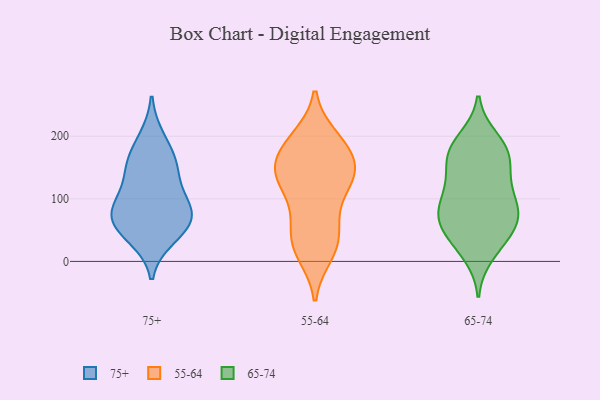
{"axis": {"x": "LTV (USD)", "y": "Value"}, "legend": ["55-64", "65-74", "75+"], "data": [{"x": "", "y": 147, "type": "75+"}, {"x": "", "y": 54, "type": "75+"}, {"x": "", "y": 91, "type": "75+"}, {"x": "", "y": 196, "type": "75+"}, {"x": "", "y": 67, "type": "75+"}, {"x": "", "y": 85, "type": "75+"}, {"x": "", "y": 94, "type": "75+"}, {"x": "", "y": 39, "type": "75+"}, {"x": "", "y": 145, "type": "75+"}, {"x": "", "y": 163, "type": "75+"}, {"x": "", "y": 60, "type": "75+"}, {"x": "", "y": 130, "type": "55-64"}, {"x": "", "y": 151, "type": "55-64"}, {"x": "", "y": 40, "type": "55-64"}, {"x": "", "y": 189, "type": "55-64"}, {"x": "", "y": 25, "type": "55-64"}, {"x": "", "y": 67, "type": "55-64"}, {"x": "", "y": 195, "type": "55-64"}, {"x": "", "y": 154, "type": "55-64"}, {"x": "", "y": 157, "type": "55-64"}, {"x": "", "y": 14, "type": "55-64"}, {"x": "", "y": 198, "type": "55-64"}, {"x": "", "y": 41, "type": "55-64"}, {"x": "", "y": 135, "type": "55-64"}, {"x": "", "y": 127, "type": "55-64"}, {"x": "", "y": 11, "type": "55-64"}, {"x": "", "y": 157, "type": "55-64"}, {"x": "", "y": 187, "type": "55-64"}, {"x": "", "y": 77, "type": "55-64"}, {"x": "", "y": 111, "type": "55-64"}, {"x": "", "y": 132, "type": "55-64"}, {"x": "", "y": 61, "type": "65-74"}, {"x": "", "y": 119, "type": "65-74"}, {"x": "", "y": 88, "type": "65-74"}, {"x": "", "y": 183, "type": "65-74"}, {"x": "", "y": 164, "type": "65-74"}, {"x": "", "y": 68, "type": "65-74"}, {"x": "", "y": 135, "type": "65-74"}, {"x": "", "y": 94, "type": "65-74"}, {"x": "", "y": 159, "type": "65-74"}, {"x": "", "y": 184, "type": "65-74"}, {"x": "", "y": 111, "type": "65-74"}, {"x": "", "y": 79, "type": "65-74"}, {"x": "", "y": 63, "type": "65-74"}, {"x": "", "y": 31, "type": "65-74"}, {"x": "", "y": 167, "type": "65-74"}, {"x": "", "y": 196, "type": "65-74"}, {"x": "", "y": 33, "type": "65-74"}, {"x": "", "y": 11, "type": "65-74"}, {"x": "", "y": 63, "type": "65-74"}]}